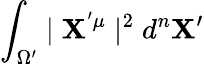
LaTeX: \int_{\Omega^{\prime}}\mid\mathbf{X}^{'\mu}\mid^{2}d^{n}\mathbf{X}^{\prime}